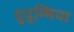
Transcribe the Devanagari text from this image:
दुदुम्भिया